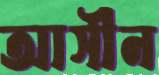
আসীন